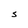
Character: S